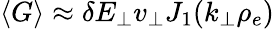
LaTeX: \langle G\rangle\approx\delta E_{\perp}v_{\perp}J_{1}(k_{\perp}\rho_{e})